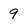
Character: 9